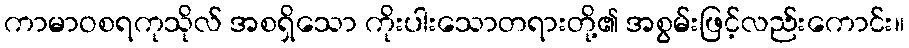
ကာမာဝစရကုသိုလ် အစရှိသော ကိုးပါးသောတရားတို့၏ အစွမ်းဖြင့်လည်းကောင်း။